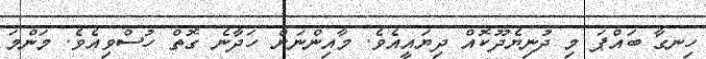
ހިނގާ ބައްޕަ މި ދުނިޔެދޫކޮއް ދިޔައީއެވެ. މާއިންނަށް ހަދާނެ ގޮތް ހުސްވިއެވެ. މަންމަ